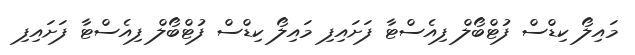
މައިލޯ ކިޑްސް ފުޓްބޯލް ފިއެސްޓާ ފަށައިފި މައިލޯ ކިޑްސް ފުޓްބޯލް ފިއެސްޓާ ފަށައިފި